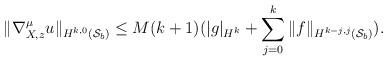
LaTeX: \begin{align*} \|\nabla^{\mu}_{X,z} u\|_{H^{k,0}(\mathcal{S}_b)} \leq M(k+1) ( |g|_{H^k} + \sum\limits_{j=0}^k\|f\|_{H^{k-j,j}(\mathcal{S}_b)}). \end{align*}